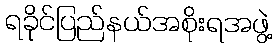
ရခိုင်ပြည်နယ်အစိုးရအဖွဲ့